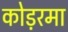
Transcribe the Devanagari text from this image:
कोड़रमा